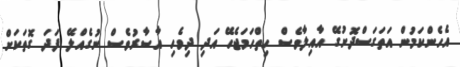
އެހެންކަމުން އަތަގަސްދޮށުގޭ އާއިލާވެސް ހިތްހަމަޖެހޭ އަދި ދިވެހި އާސާރުވެސް ނުގެއްލޭ ފަދަ ގޮތަކަށް